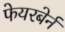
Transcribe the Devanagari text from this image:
फेयरबेर्न